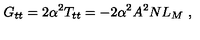
G _ { t t } = 2 \alpha ^ { 2 } T _ { t t } = - 2 \alpha ^ { 2 } A ^ { 2 } N L _ { M } \ ,